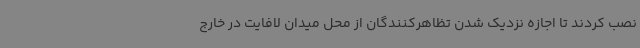
نصب کردند تا اجازه نزدیک شدن تظاهرکنندگان از محل میدان لافایت در خارج